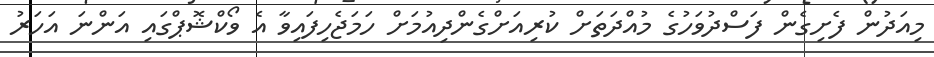
މިއަދުން ފެށިގެން ފަސްދުވަހުގެ މުއްދަތަށް ކުރިއަށްގެންދިއުމަށް ހަމަޖެހިފައިވާ އެ ވޯކްޝޮޕްގައި އަންނަ އަހަރު